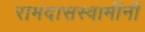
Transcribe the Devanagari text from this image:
रामदासस्वामींनीं